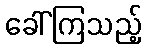
ခေါ်ကြသည့်